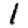
Digit: 1